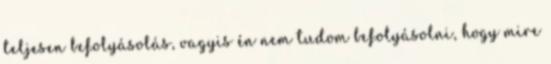
teljesen befolyásolás, vagyis én nem tudom befolyásolni, hogy mire